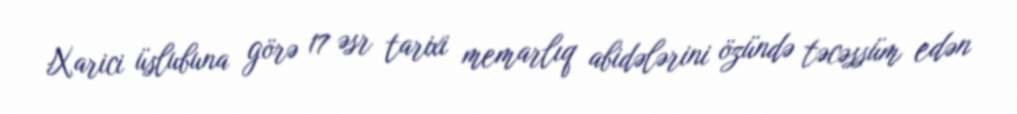
Xarici üslubuna görə 17 əsr tarixi memarlıq abidələrini özündə təcəssüm edən